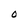
Character: O